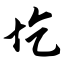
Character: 圪